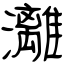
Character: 灕